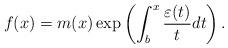
LaTeX: \begin{align*}f(x) = m(x) \exp\left(\int_{b}^{x} \frac{\varepsilon(t)}{t} dt \right).\end{align*}